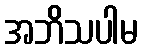
အဘိသပါမ